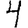
Digit: 4